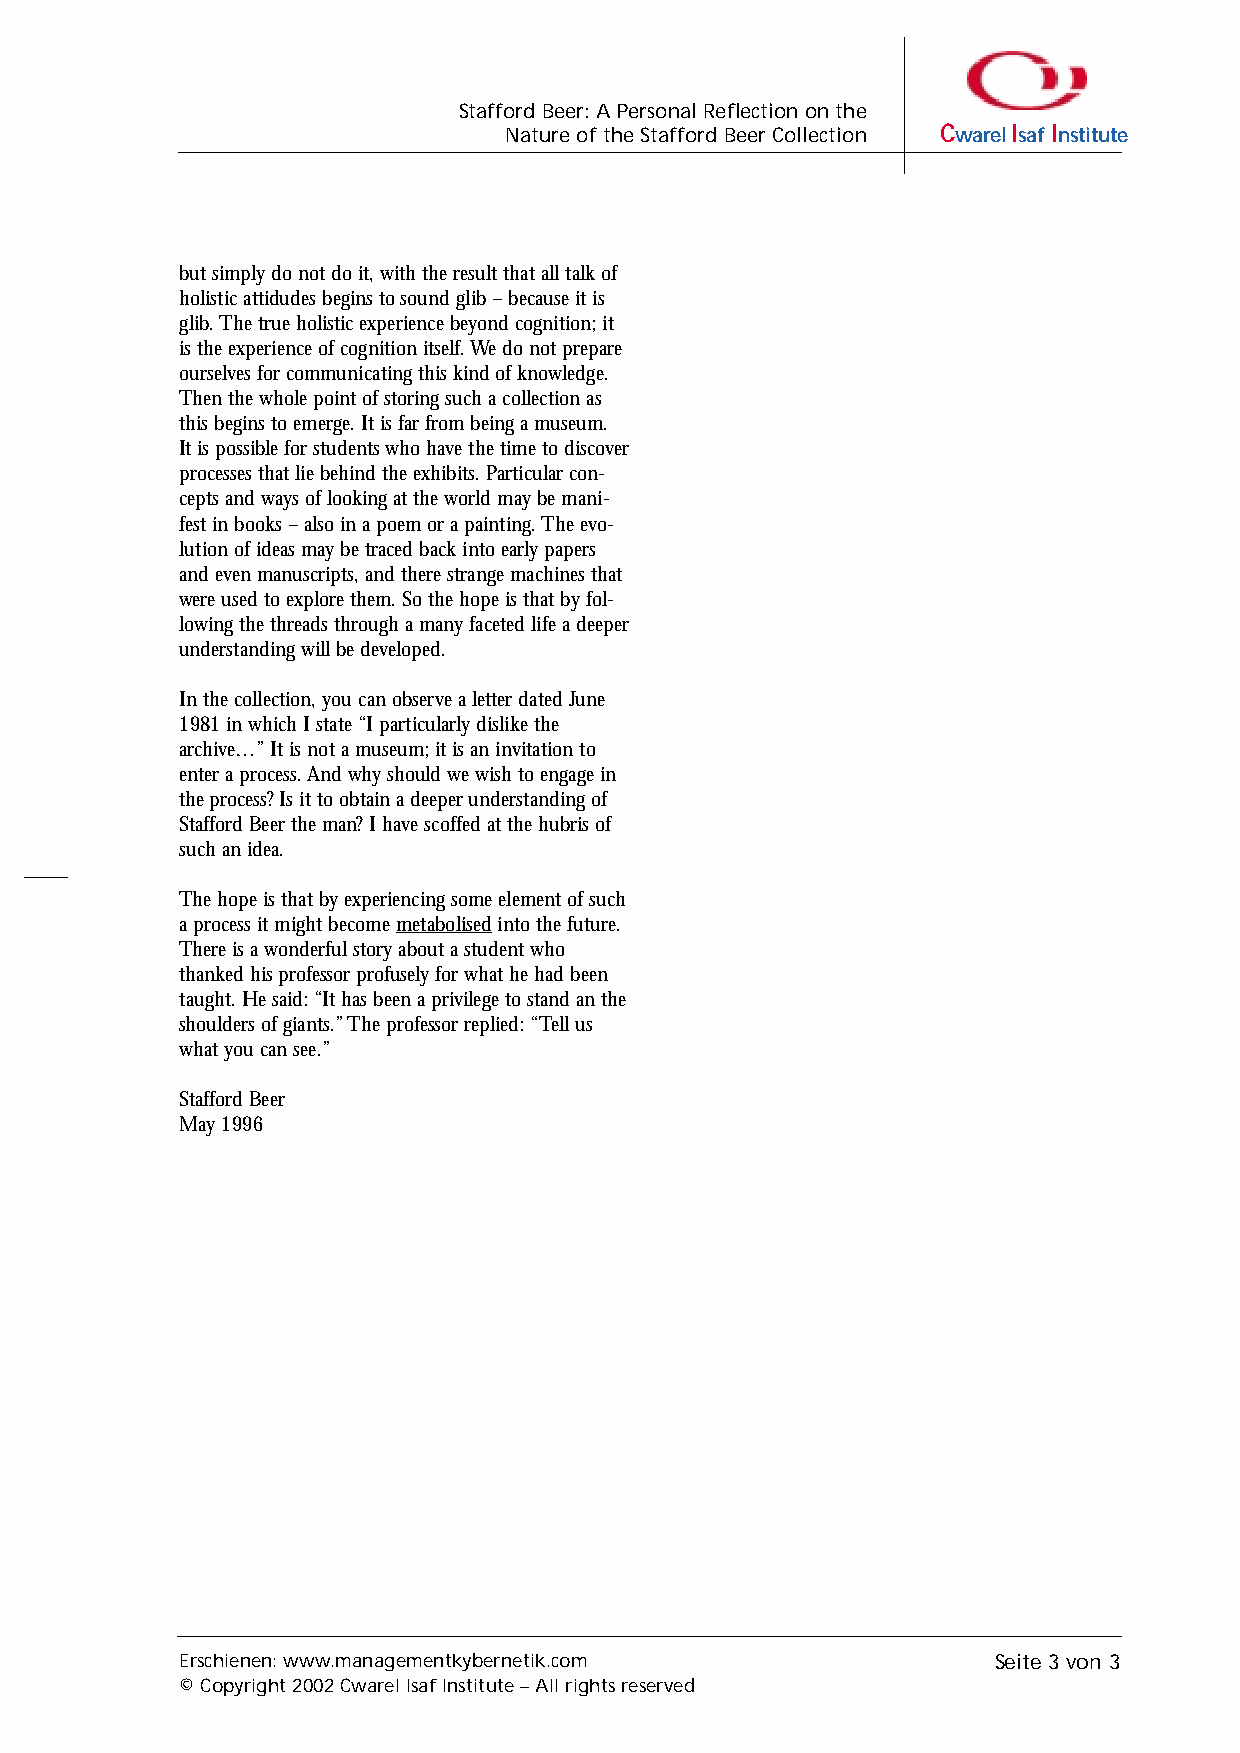
Stafford Beer: A Personal Reflection on the
 Nature of the Stafford Beer Collection CwarelIsaf Institute
 but simply do not do it, with the result that all talk of
 holistic attidudes begins to sound glib – because it is
 glib. The true holistic experience beyond cognition; it
 is the experience of cognition itself. We do not prepare
 ourselves for communicating this kind of knowledge.
 Then the whole point of storing such a collection as
 this begins to emerge. It is far from being a museum.
 It is possible for students who have the time to discover
 processes that lie behind the exhibits. Particular con-
 cepts and ways of looking at the world may be mani-
 fest in books – also in a poem or a painting. The evo-
 lution of ideas may be traced back into early papers
 and even manuscripts, and there strange machines that
 were used to explore them. So the hope is that by fol-
 lowing the threads through a many faceted life a deeper
 understanding will be developed.
 In the collection, you can observe a letter dated June
 1981 in which I state “I particularly dislike the
 archive…” It is not a museum; it is an invitation to
 enter a process. And why should we wish to engage in
 the process? Is it to obtain a deeper understanding of
 Stafford Beer the man? I have scoffed at the hubris of
 such an idea.
 The hope is that by experiencing some element of such
 a process it might become metabolisedinto the future.
 There is a wonderful story about a student who
 thanked his professor profusely for what he had been
 taught. He said: “It has been a privilege to stand an the
 shoulders of giants.” The professor replied: “Tell us
 what you can see.”
 Stafford Beer
 May 1996
 Erschienen: www.managementkybernetik.com              Seite 3 von 3
 © Copyright 2002 Cwarel Isaf Institute – All rights reserved